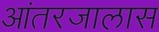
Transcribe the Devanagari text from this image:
आंतरजालास